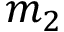
m _ { 2 }